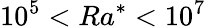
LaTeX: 10^{5}<Ra^{*}<10^{7}